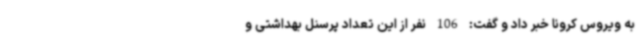
به ویروس کرونا خبر داد و گفت: 106 نفر از این تعداد پرسنل بهداشتی و